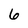
Character: 6